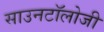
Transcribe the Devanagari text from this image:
साउनटॉलोजी